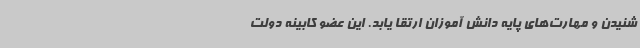
شنیدن و مهارت‌های پایه دانش آموزان ارتقا یابد. این عضو کابینه دولت